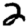
Digit: 2